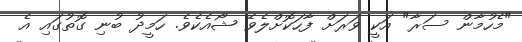
"މެހުމާން ސަރާ" އަކީ ވަރަށް ފާހަކޮށްލެވޭ ޝޯއެކެވެ. ހަމީދު ބުނި ގޮތުގައި އެ